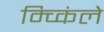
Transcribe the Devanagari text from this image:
म्च्किंले